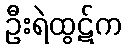
ဦးရဲထွဋ်က